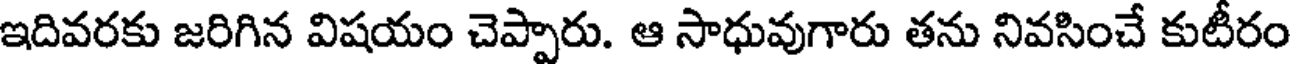
ఇదివరకు జరిగిన విషయం చెప్పారు. ఆ సాధువుగారు తను నివసించే కుటీరం